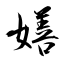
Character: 嫸